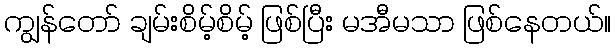
ကျွန်တော် ချမ်းစိမ့်စိမ့် ဖြစ်ပြီး မအီမသာ ဖြစ်နေတယ်။